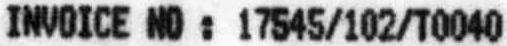
INVOICE NO : 17545/102/T0040